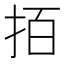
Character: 𢫦